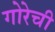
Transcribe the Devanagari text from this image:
गोरेची